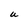
Character: U